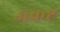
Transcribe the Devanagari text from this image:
उत्कष्ट